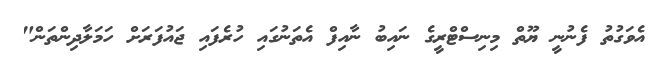
އެވަގުތު ފެނުނީ ޔޫތް މިނިސްޓްރީގެ ނައިބު ނާއިފް އެތަނުގައި ހުރެފައި ޖައުފަރަށް ހަމަލާދިންތަން"